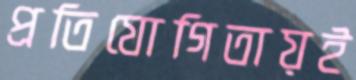
প্রতিযোগিতায়ই